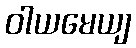
ဝါယမေယျ